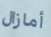
أمازال